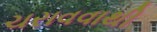
ચરાવવાથી